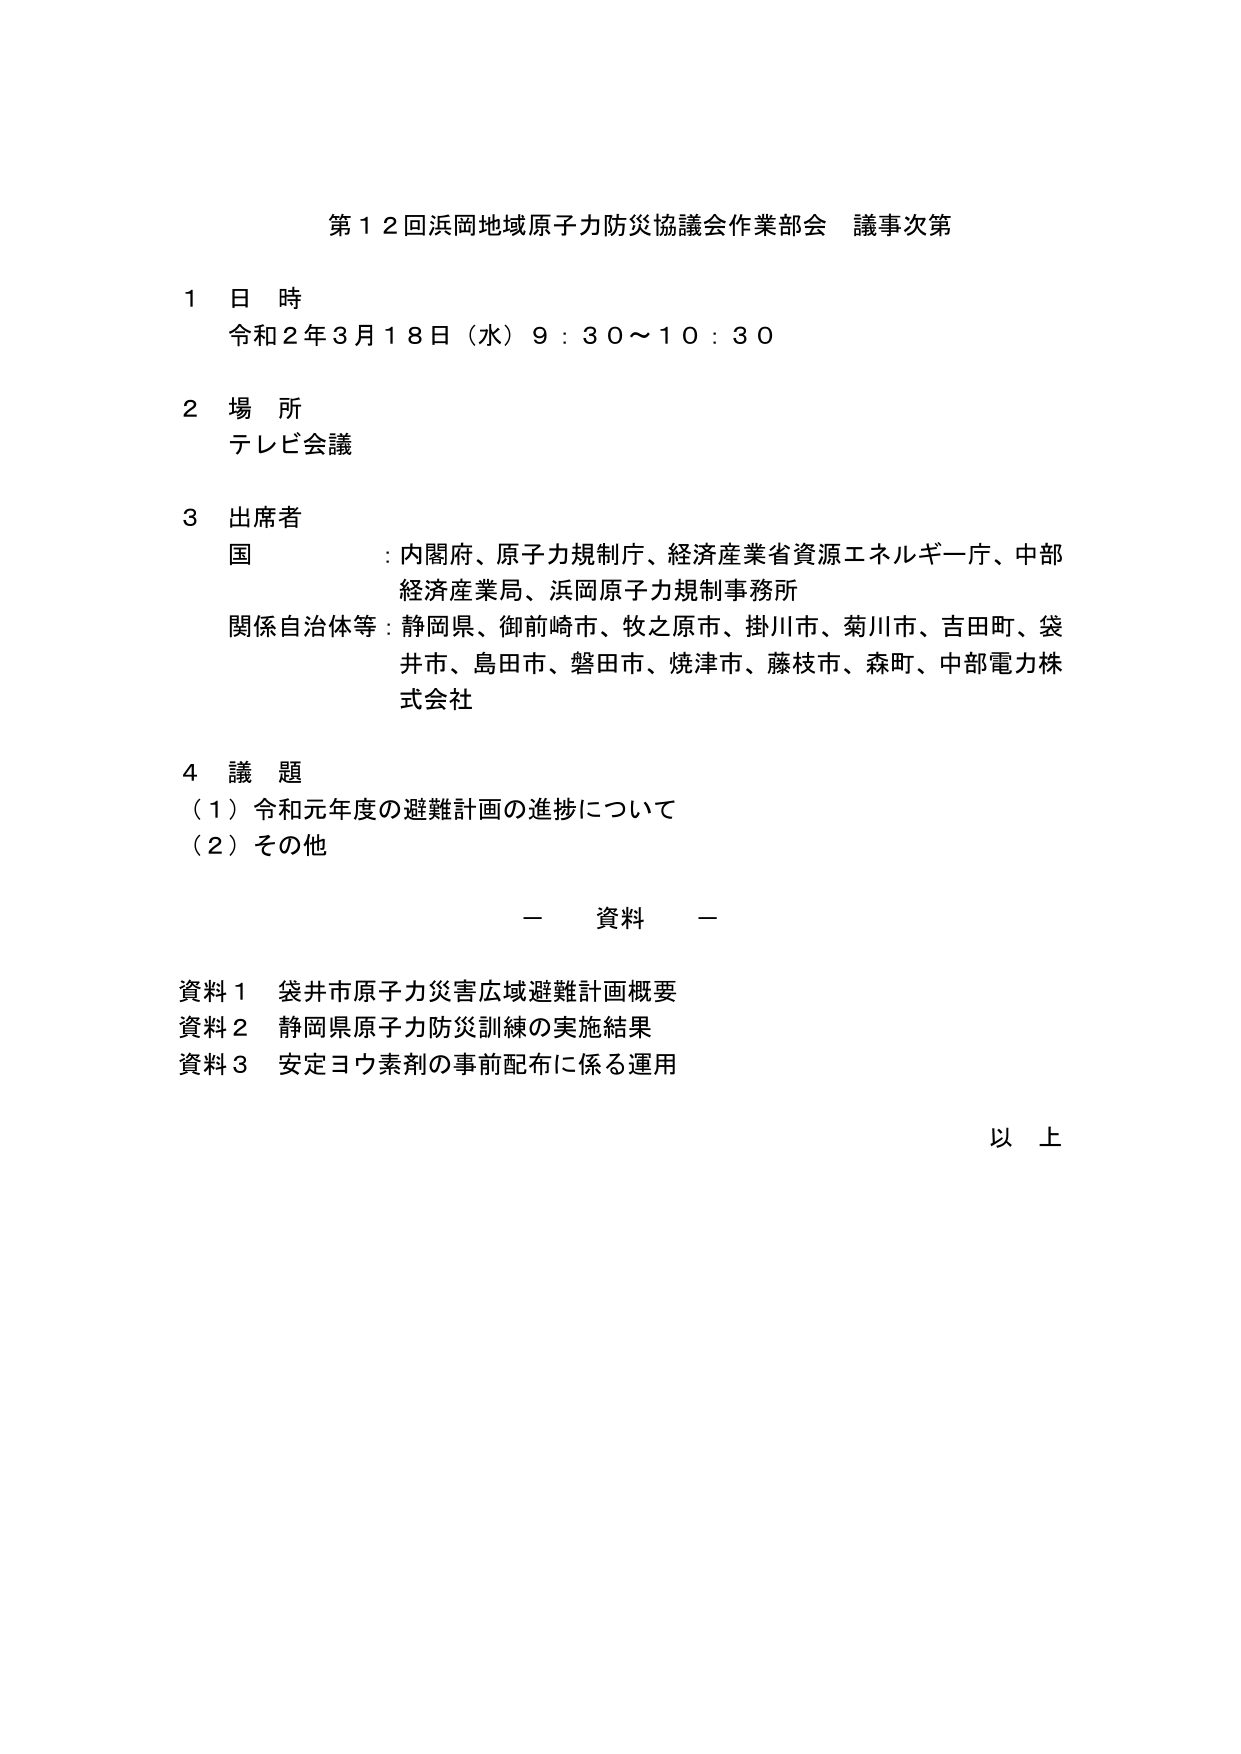
第１２回浜岡地域原子力防災協議会作業部会 議事次第

１ 日 時
令和２年３月１８日（水）９：３０～１０：３０

２ 場 所
テレビ会議

３ 出席者
国 ：内閣府、原子力規制庁、経済産業省資源エネルギー一庁、中部経済産業局、浜岡原子力規制事務所
関係自治体等：静岡県、御前崎市、牧之原市、掛川市、菊川市、吉田町、袋井市、島田市、磐田市、焼津市、藤枝市、森町、中部電力株式会社

４ 議 題
（１）令和元年度の避難計画の進捗について
（２）その他

－ 資料 －

資料１ 袋井市原子力災害広域避難計画概要
資料２ 静岡県原子力防災訓練の実施結果
資料３ 安定ヨウ素剤の事前配布に係る運用

以 上